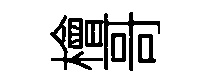
檜哥